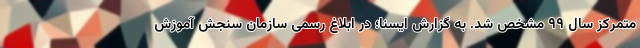
متمرکز سال ۹۹ مشخص شد. به گزارش ایسنا؛ در ابلاغ رسمی سازمان سنجش آموزش